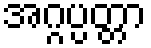
အဂ္ဂပ္ပတ္တာ